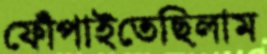
ফোঁপাইতেছিলাম